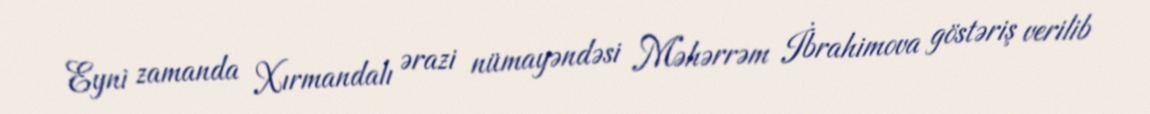
Eyni zamanda Xırmandalı ərazi nümayəndəsi Məhərrəm İbrahimova göstəriş verilib